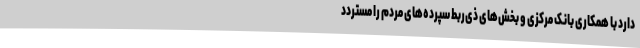
دارد با همکاری بانک مرکزی و بخش‌های ذی‌ربط سپرده‌های مردم را مستردد